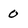
Character: 0